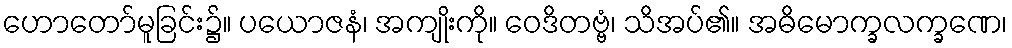
ဟောတော်မူခြင်း၌။ ပယောဇနံ၊ အကျိုးကို။ ဝေဒိတဗ္ဗံ၊ သိအပ်၏။ အဓိမောက္ခလက္ခဏေ၊